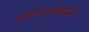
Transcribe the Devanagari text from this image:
क्षेपणास्त्रविरोधी